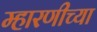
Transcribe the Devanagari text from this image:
म्हारणीच्या